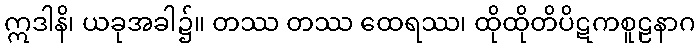
ဣဒါနိ၊ ယခုအခါ၌။ တဿ တဿ ထေရဿ၊ ထိုထိုတိပိဋကစူဠနာဂ